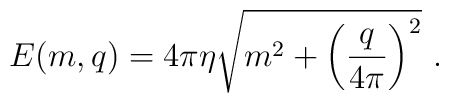
E(m,q) = 4 \pi \eta \sqrt{m^2 +\left(\frac{q}{4\pi}\right)^2} \ .